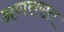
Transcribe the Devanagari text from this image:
अणसरात